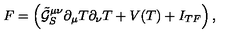
F = \left( \tilde { \mathcal { G } } _ { S } ^ { \mu \nu } \partial _ { \mu } T \partial _ { \nu } T + V ( T ) + I _ { T F } \right) ,